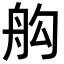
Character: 𦨛